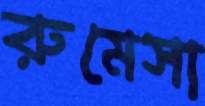
রুমেসা